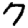
Digit: 7